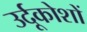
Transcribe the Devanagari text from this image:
उर्दूकोशों